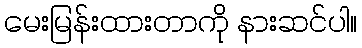
မေးမြန်းထားတာကို နားဆင်ပါ။